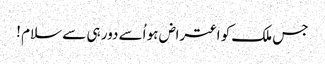
جس ملک کو اعتراض ہو اُسے دور ہی سے سلام !